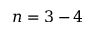
n = 3 - 4